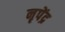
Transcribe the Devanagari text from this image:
नृपेंद्र